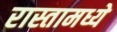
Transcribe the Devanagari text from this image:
रास्तामध्ये